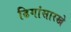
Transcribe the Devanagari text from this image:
ढिगांसारखे